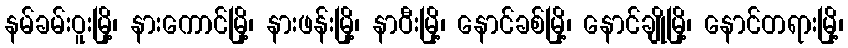
နမ်ခမ်းဝူးမြို့၊ နားကောင်မြို့၊ နားဖန်းမြို့၊ နာဝီးမြို့၊ နောင်ခစ်မြို့၊ နောင်ချိုမြို့၊ နောင်တရားမြို့၊